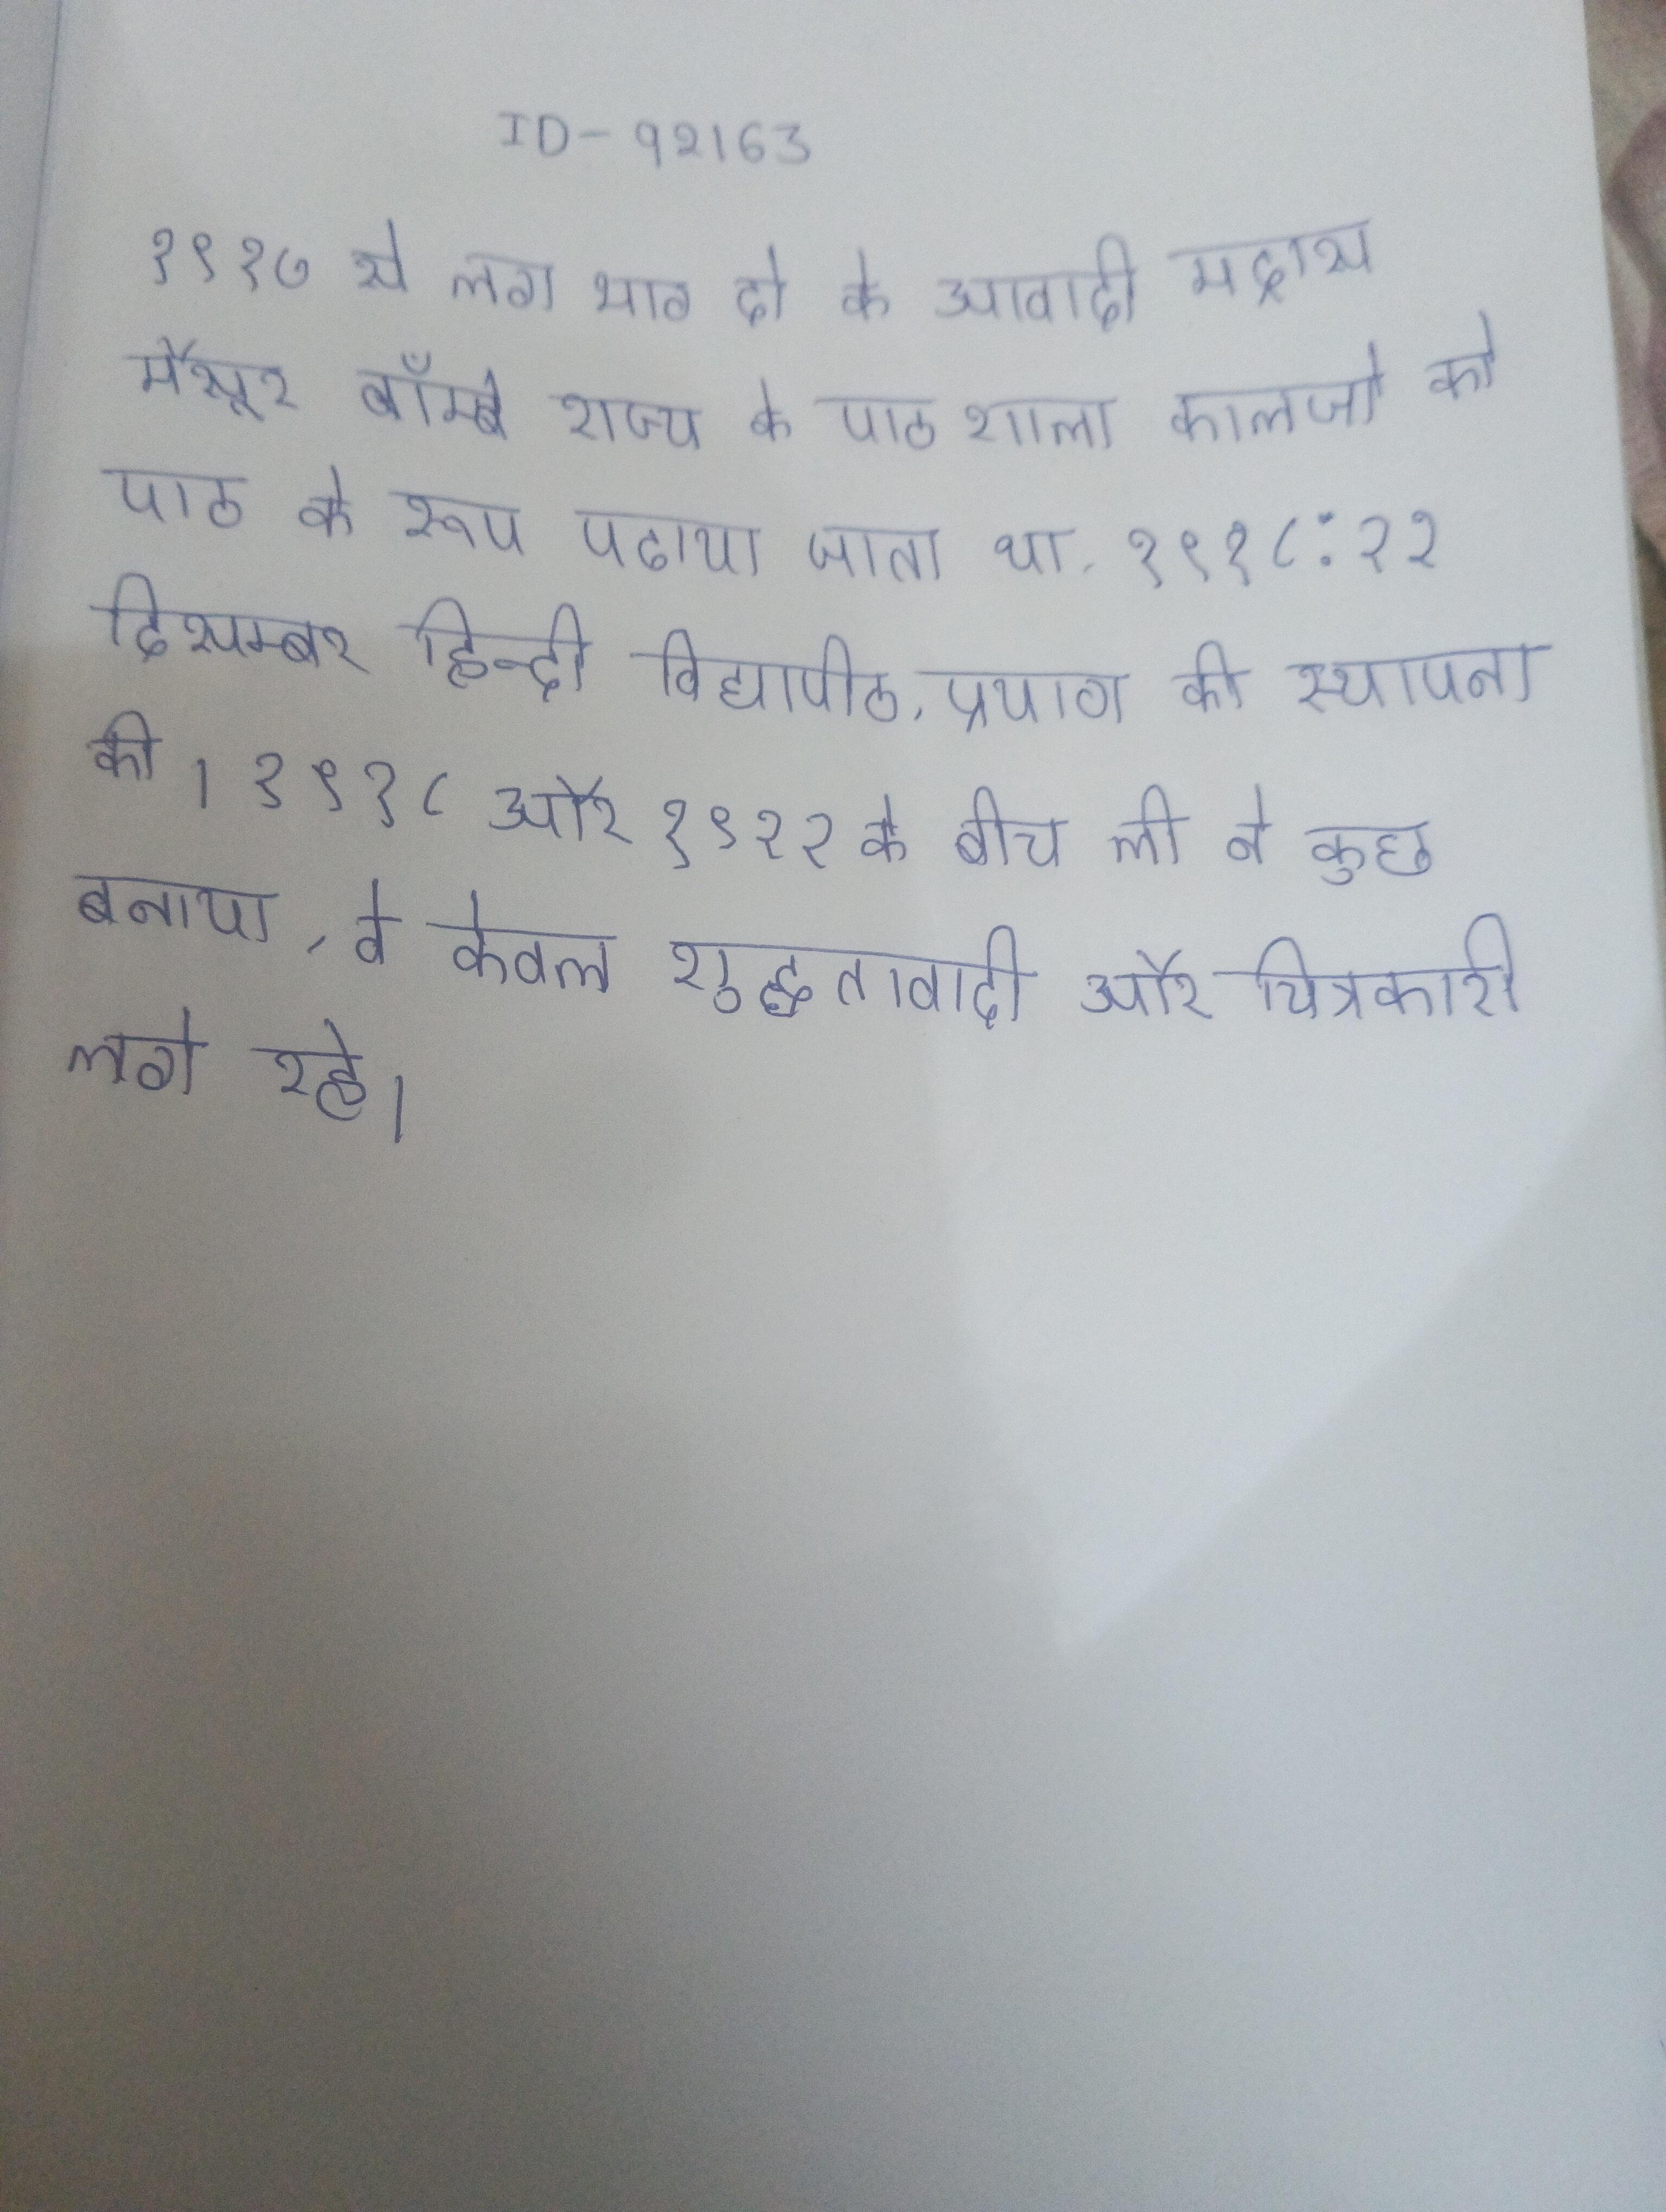
१९१७ से लगभग दो के आवादी मद्रास, मैसूर, बॉम्बे राज्य के पाठशाला कालेजो उनका उपन्यासको को पाठ के रूप पढाया जाता था . १९१८: २२ दिसम्बर हिन्दी विद्यापीठ, प्रयाग की स्थापना की । १९१८ और १९२२ के बीच ली ने कुछ बनाया, वे केवल शुद्धतावादी और चित्रकारी लगे रहे ।